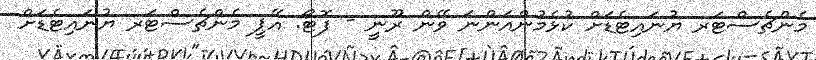
މެންޗެސްޓަރ ޔުނައިޓެޑަށް ކުޅެމުންއަންނަ ވޭން ރޫނީ - ފޮޓޯ: އޭޕީ މެންޗެސްޓަރ ޔުނައިޓެޑަށް